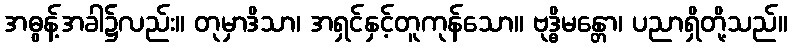
အဓွန့်အခါ၌လည်း။ တုမှာဒိသာ၊ အရှင်နှင့်တူကုန်သော။ ဗုဒ္ဓိမန္တော၊ ပညာရှိတို့သည်။